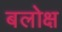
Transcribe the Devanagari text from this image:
बलोक्ष